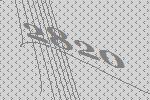
2820